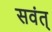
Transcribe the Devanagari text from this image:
सवंत्‌